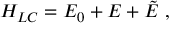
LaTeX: H _ { L C } = E _ { 0 } + E + \tilde { E } ~ ,